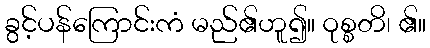
ခွင့်ပန်ကြောင်းကံ မည်၏ဟူ၍။ ဝုစ္စတိ၊ ၏။